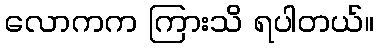
လောကက ကြားသိ ရပါတယ်။